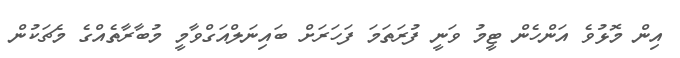
އިން މޮޅުވެ އަންހެން ޓީމު ވަނީ ފުރަތަމަ ފަހަރަށް ބައިނަލްއަގްވާމީ މުބާރާތެއްގެ މެޗަކުން